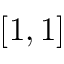
[ 1 , 1 ]